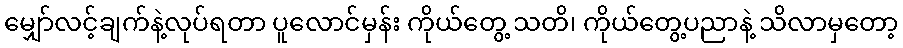
မျှော်လင့်ချက်နဲ့လုပ်ရတာ ပူလောင်မှန်း ကိုယ်တွေ့ သတိ၊ ကိုယ်တွေ့ပညာနဲ့ သိလာမှတော့